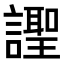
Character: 𧬼